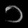
Digit: ၁